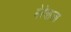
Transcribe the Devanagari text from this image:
मेरेवाला